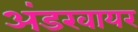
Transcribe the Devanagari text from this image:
अंडरवायर